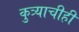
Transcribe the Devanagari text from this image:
कुत्र्याचीही